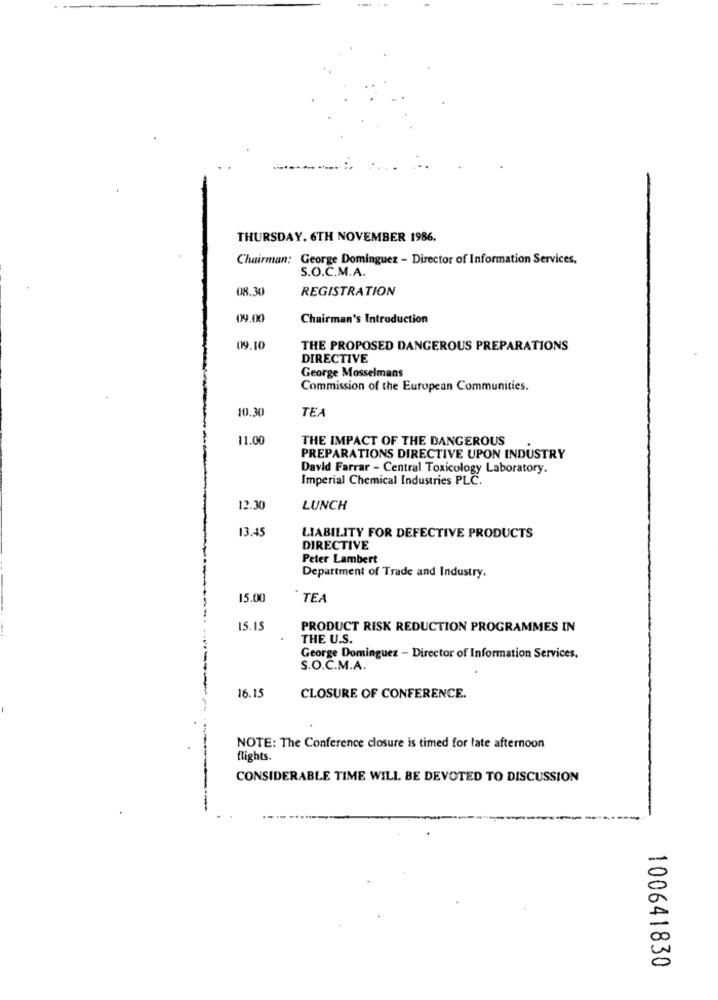
--
--
THURSDAY. 6TH NOVEMBER 1986.
Chairman: George Dominguez - Director of Information Services,
S.O.C.M.A.
08.30
REGISTRATION
09.00
Chairman's Introduction
09.10
THE PROPOSED DANGEROUS PREPARATIONS
DIRECTIVE
George Mosselmans
Commission of the European Communities.
10.30
TEA
11.00
THE IMPACT OF THE DANGEROUS
PREPARATIONS DIRECTIVE UPON INDUSTRY
David Farrar - Central Toxicology Laboratory.
Imperial Chemical Industries PLC.
12.30
LUNCH
13.45
LIABILITY FOR DEFECTIVE PRODUCTS
DIRECTIVE
Peter Lambert
Department of Trade and Industry.
15.00
TEA
15.15
PRODUCT RISK REDUCTION PROGRAMMES IN
THE U.S.
George Dominguez - Director of Information Services,
S.O.C.M.A.
16.15
CLOSURE OF CONFERENCE.
NOTE: The Conference closure is timed for late afternoon
flights.
CONSIDERABLE TIME WILL BE DEVOTED TO DISCUSSION
---------
100641830